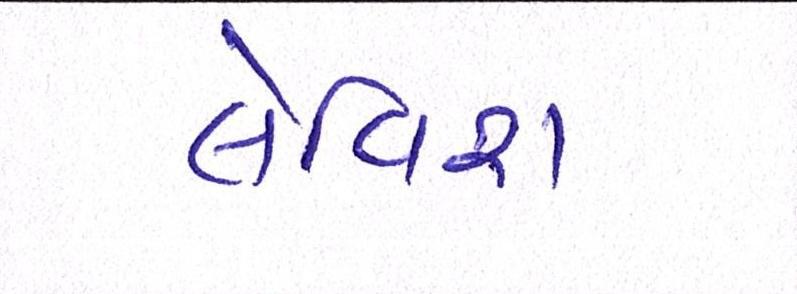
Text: લેવિશ